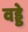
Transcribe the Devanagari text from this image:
वड्डे